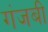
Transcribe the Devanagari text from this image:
गंजबी